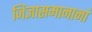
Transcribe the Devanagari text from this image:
जिज्ञासमानानां